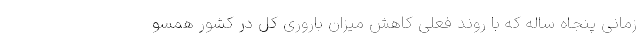
زمانی پنجاه ساله که با روند فعلی کاهش میزان باروری کل در کشور همسو